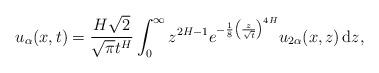
LaTeX: \begin{align*}u_{\alpha}(x,t)=\frac{H\sqrt{2}}{\sqrt{\pi}t^H}\int_0^{\infty}z^{2H-1}e^{-\frac{1}{8}\left(\frac{z}{\sqrt{t}}\right)^{4H}}u_{2\alpha}(x,z)\,\mathrm{d}z,\end{align*}